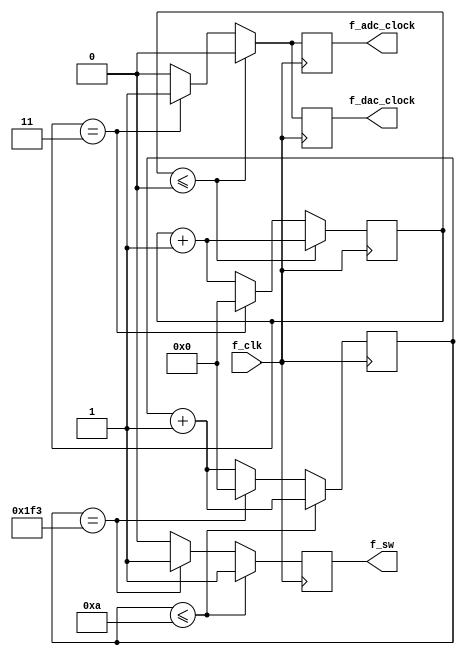
module clock_generator(f_clk,f_adc_clock,f_dac_clock,f_sw);
input f_clk;
output reg f_adc_clock,f_dac_clock,f_sw;
parameter N_sw=499;                                // N_sw=fclk/fsw=100mhz/200khz
parameter N_adc=3;                                 // fclk/fadc =4
reg [9:0]counter1,counter2;
initial 
begin
counter1=0;
counter2=0;
end

always@(posedge f_clk)
begin
if(counter1<=10)
begin
f_sw<=1;
counter1<=counter1+1;
end
else if (counter1==N_sw)
begin
f_sw<=1;
counter1<=0;
end
else
begin
f_sw<=0;
counter1<=counter1+1;
end
end

always@(posedge f_clk)
begin
if(counter2<=0)
begin
f_adc_clock<=0;
f_dac_clock<=0;
counter2<=counter2+1;
end
else if(counter2==N_adc)
begin
f_adc_clock<=1;
f_dac_clock<=1;
counter2<=0;
end
else 
begin
f_adc_clock<=0;
f_dac_clock<=0;
counter2<=counter2+1;
end
end
endmodule